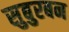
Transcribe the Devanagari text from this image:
सुबुरबन